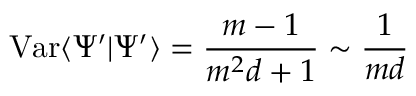
\operatorname { V a r } \langle \Psi ^ { \prime } | \Psi ^ { \prime } \rangle = \frac { m - 1 } { m ^ { 2 } d + 1 } \sim \frac { 1 } { m d }